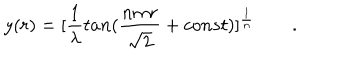
y ( r ) = [ { \frac { 1 } { \lambda } } t a n ( { \frac { n m r } { \sqrt 2 } } + c o n s t ) ] ^ { \frac { 1 } { n } } \qquad .